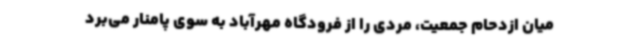
میان ازدحام جمعیت، مردی را از فرودگاه مهرآباد به سوی پامنار می‌برد